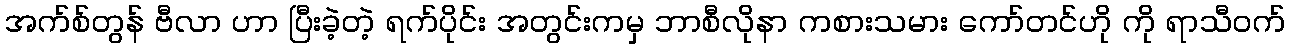
အက်စ်တွန် ဗီလာ ဟာ ပြီးခဲ့တဲ့ ရက်ပိုင်း အတွင်းကမှ ဘာစီလိုနာ ကစားသမား ကော်တင်ဟို ကို ရာသီဝက်